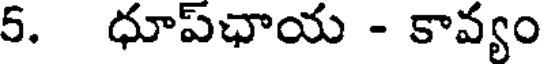
5. ధూప్ఛాయ - కావ్యం